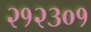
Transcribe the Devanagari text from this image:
२१२३०१